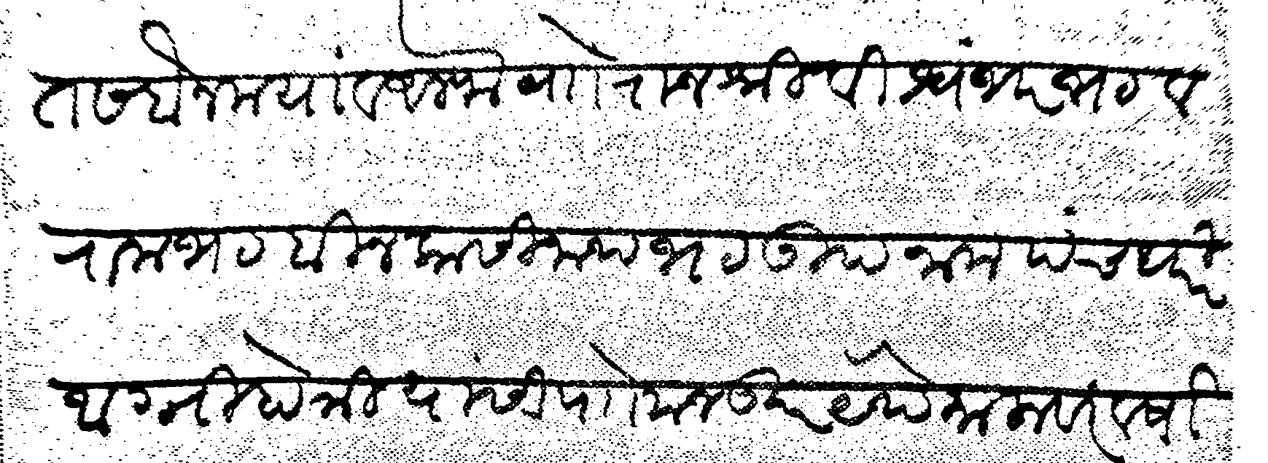
Transliteration (Devanagari): सीत सबैन मया व अलफ वाो राजश्री विश्वंभर भट व रामभट बीन कासीनाथ भट उपनाम पंचधरी आग्निहोत्री यासी पाो मजकूर येथे कालावर वर्षासन